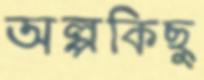
অল্পকিছু